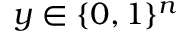
y \in \{ 0 , 1 \} ^ { n }